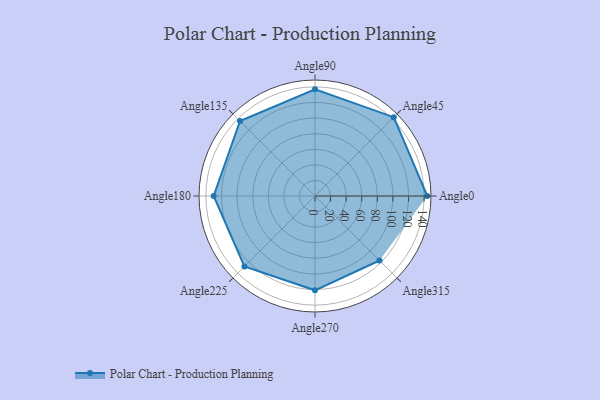
{"axis": {"x": "Angle", "y": "Radius"}, "legend": [""], "data": [{"x": "Angle0", "y": 144.0, "type": ""}, {"x": "Angle45", "y": 143.0, "type": ""}, {"x": "Angle90", "y": 137.0, "type": ""}, {"x": "Angle135", "y": 136.0, "type": ""}, {"x": "Angle180", "y": 130.0, "type": ""}, {"x": "Angle225", "y": 128.0, "type": ""}, {"x": "Angle270", "y": 121.0, "type": ""}, {"x": "Angle315", "y": 117.0, "type": ""}]}